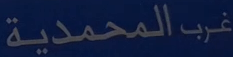
غربالمحمدية